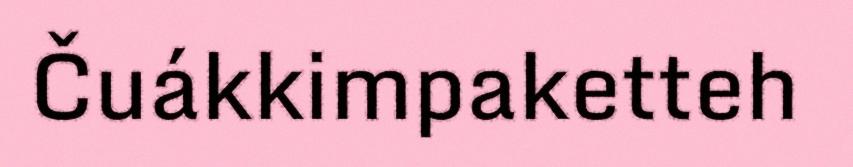
Čuákkimpaketteh